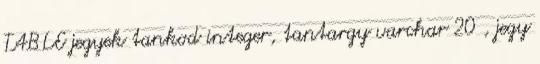
TABLE jegyek tankod integer, tantargy varchar 20 , jegy